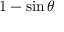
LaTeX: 1 - \sin \theta